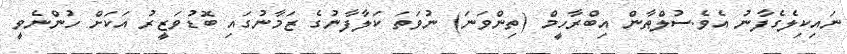
ނައިކިލެގެފާނު އެވެ.ސުލްޠާން އިބްރާހީމް (ތިންވަނަ) ނުވަތަ ކަލާފާނުގެ ޒަމާނުގައި ބޮޑުވަޒީރު އަކަށް ހުންނެވީ